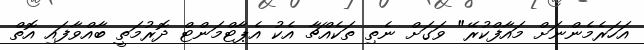
އަހަރެމެންނަށް މައާފްކުރޭ" ވަގަށް ނެތި ތަކެއްޗާ އެކު އެޕާޓްމަންޓް ދޮރުމަތީ ބާއްވާފައި އޮތް